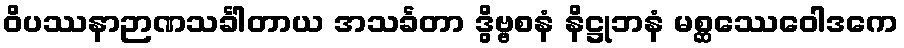
ဝိပဿနာဉာဏသင်္ခါတာယ အသင်္ခတာ ဒွိဗ္ဗစနံ နိဋ္ဌုဘနံ မစ္ဆဿေဝေါဒကေ